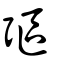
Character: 彄